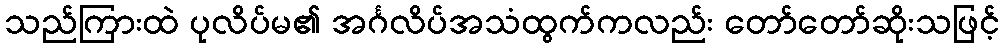
သည်ကြားထဲ ပုလိပ်မ၏ အင်္ဂလိပ်အသံထွက်ကလည်း တော်တော်ဆိုးသဖြင့်